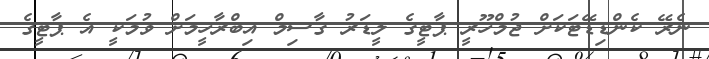
ނެރޭ ކެންޑިޑޭޓަކަށް ޖުމްހޫރީ ޕާޓީގެ ލީޑަރު ގާސިމް އިބްރާހީމަށް ވުމަކީ އެ ޕާޓީގެ